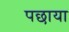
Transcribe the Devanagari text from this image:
पछाया